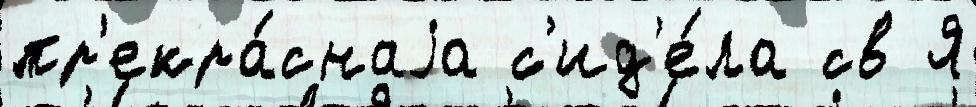
пр'екра́снаjа с'ид'е́ла св Я